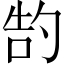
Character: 𫧂